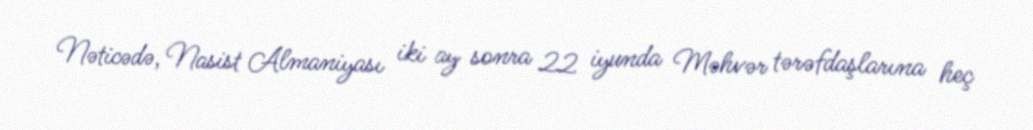
Nəticədə, Nasist Almaniyası iki ay sonra 22 iyunda Məhvər tərəfdaşlarına heç